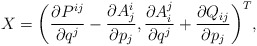
\begin{align*}X = \bigg( \frac{\partial P^{ij}}{\partial q^j} - \frac{\partial A^i_j}{\partial p_j}, \frac{\partial A^j_i}{\partial q^j} + \frac{\partial Q_{ij}}{\partial p_j} \bigg)^T,\end{align*}